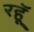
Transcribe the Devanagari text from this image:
रहॅू